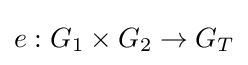
e:G_{1}\times G_{2}\to G_{T}